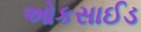
ઓકસાઈડ